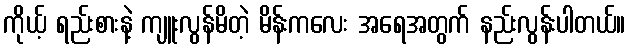
ကိုယ့် ရည်းစားနဲ့ ကျူးလွန်မိတဲ့ မိန်းကလေး အရေအတွက် နည်းလွန်းပါတယ်။